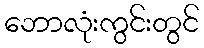
ဘောလုံးကွင်းတွင်